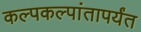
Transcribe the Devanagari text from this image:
कल्पकल्पांतापर्यंत